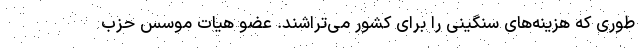
طوری که هزینه‌های سنگینی را برای کشور می‌تراشند. عضو هیات موسس حزب